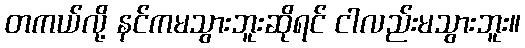
တကယ်လို့ နင်ကမသွားဘူးဆိုရင် ငါလည်းမသွားဘူး။